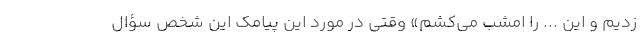
زدیم و این ... را امشب می‌کشم» وقتی در مورد این پیامک این شخص سؤال